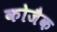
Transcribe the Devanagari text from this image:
कोजैक